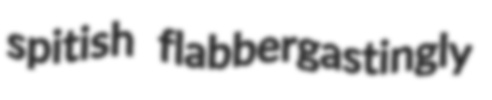
spitish flabbergastingly